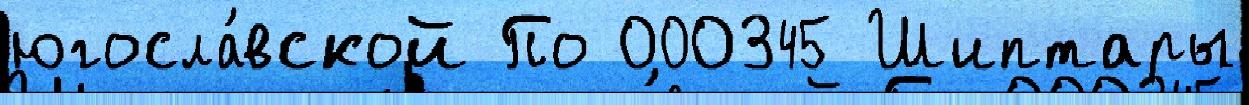
югосла́вской По 000345 Шиптары